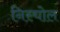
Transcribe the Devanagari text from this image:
निस्चोल